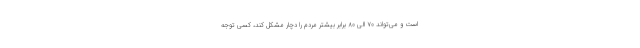
است و می‌تواند ۷۰ الی ۸۰ برابر بیشتر مردم را دچار مشکل کند، کسی توجه